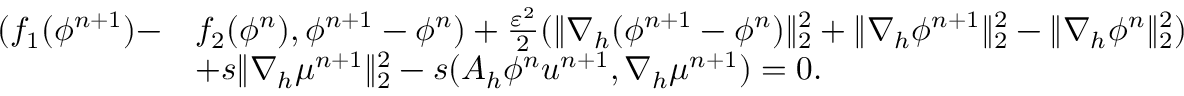
\begin{array} { r l } { ( f _ { 1 } ( \phi ^ { n + 1 } ) - } & { f _ { 2 } ( \phi ^ { n } ) , \phi ^ { n + 1 } - \phi ^ { n } ) + \frac { \varepsilon ^ { 2 } } { 2 } ( \| \nabla _ { h } ( \phi ^ { n + 1 } - \phi ^ { n } ) \| _ { 2 } ^ { 2 } + \| \nabla _ { h } \phi ^ { n + 1 } \| _ { 2 } ^ { 2 } - \| \nabla _ { h } \phi ^ { n } \| _ { 2 } ^ { 2 } ) } \\ & { + s \| \nabla _ { h } \mu ^ { n + 1 } \| _ { 2 } ^ { 2 } - s ( A _ { h } \phi ^ { n } \boldsymbol { u } ^ { n + 1 } , \nabla _ { h } \mu ^ { n + 1 } ) = 0 . } \end{array}